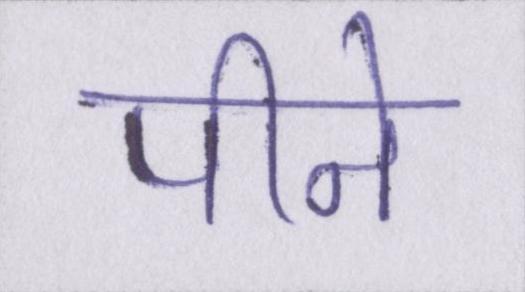
पीने